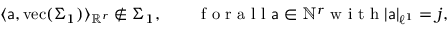
\langle \mathsf { a } , \mathrm { v e c } ( \Sigma _ { 1 } ) \rangle _ { \mathbb { R } ^ { r } } \notin \Sigma _ { 1 } , \qquad \mathrm { ~ f ~ o ~ r ~ a ~ l ~ l ~ } \mathsf { a } \in \mathbb { N } ^ { r } \mathrm { ~ w ~ i ~ t ~ h ~ } | \mathsf { a } | _ { \ell ^ { 1 } } = j ,